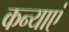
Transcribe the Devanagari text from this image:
कन्‍याएं